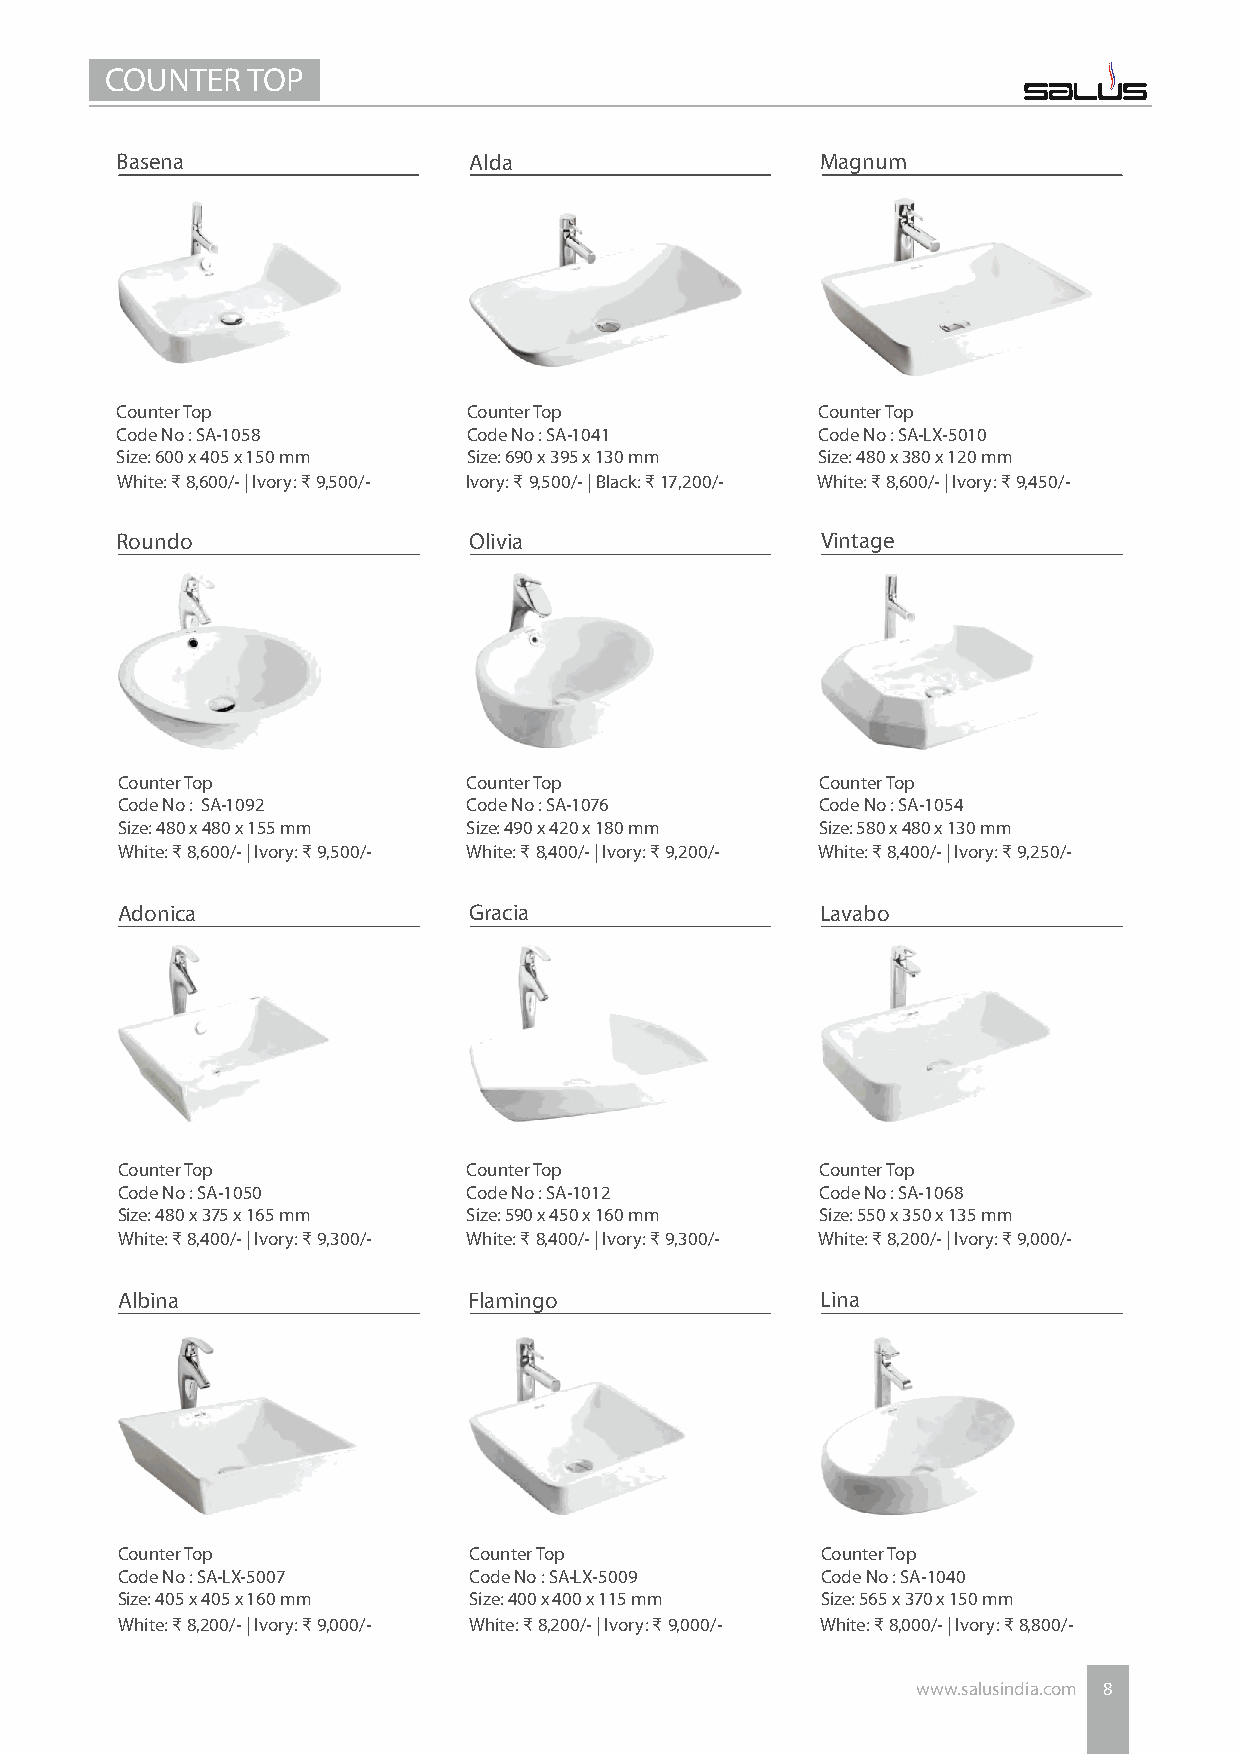
COUNTER  TOP
 Basena                 Alda                   Magnum
 Counter Top            Counter Top            Counter Top
 Code No : SA-1058      Code No : SA-1041      Code No : SA-LX-5010
 Size: 600 x 405 x 150 mm Size: 690 x 395 x 130 mm Size: 480 x 380 x 120 mm
 White: ₹ 8,600/- | Ivory: ₹ 9,500/- Ivory: ₹ 9,500/- | Black: ₹ 17,200/- White: ₹ 8,600/- | Ivory: ₹ 9,450/-
 Roundo                 Olivia                 Vintage
 Counter Top            Counter Top            Counter Top
 Code No : SA-1092      Code No : SA-1076      Code No : SA-1054
 Size: 480 x 480 x 155 mm Size: 490 x 420 x 180 mm Size: 580 x 480 x 130 mm
 W hite: ₹ 8,600/- | Ivory: ₹ 9,500/- White: ₹ 8,400/- | Ivory: ₹ 9,200/- White: ₹ 8,400/- | Ivory: ₹ 9,250/-
 Adonica                Gracia                 Lavabo
 Counter Top            Counter Top            Counter Top
 Code No : SA-1050      Code No : SA-1012      Code No : SA-1068
 Size: 480 x 375 x 165 mm Size: 590 x 450 x 160 mm Size: 550 x 350 x 135 mm
 White: ₹ 8,400/- | Ivory: ₹ 9,300/- White: ₹ 8,400/- | Ivory: ₹ 9,300/- White: ₹ 8,200/- | Ivory: ₹ 9,000/-
 Albina                 Flamingo               Lina
 Counter Top            Counter Top            Counter Top
 Code No : SA-LX-5007   Code No : SA-LX-5009   Code No : SA-1040
 Size: 405 x 405 x 160 mm Size: 400 x 400 x 115 mm Size: 565 x 370 x 150 mm
 White: ₹ 8,200/- | Ivory: ₹ 9,000/- White: ₹ 8,200/- | Ivory: ₹ 9,000/- W hite: ₹ 8,000/- | Ivory: ₹ 8,800/-
 www.salusindia.com 8